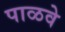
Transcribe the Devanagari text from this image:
पाळवे